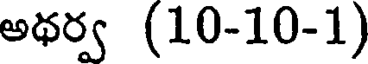
అథర్వ (10-10-1)